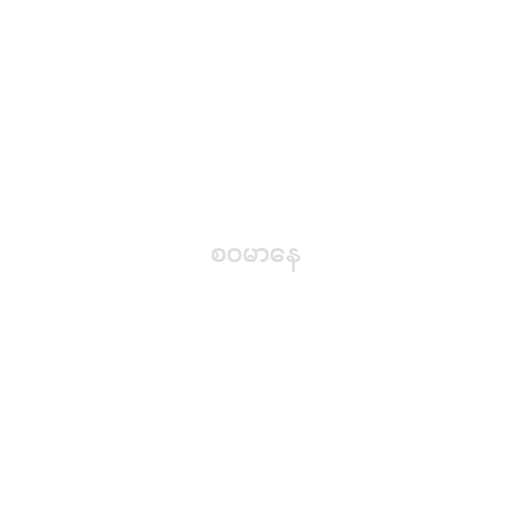
စဝမာနေ